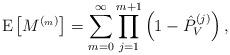
LaTeX: \begin{align*}\textrm{E}\left[ M^{(_m)}\right] =\sum_{m=0}^{\infty}\prod_{j=1}^{m+1}\left(1-\hat{P}_{V}^{(j)}\right),\end{align*}